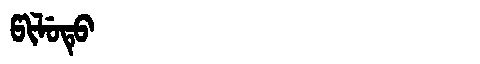
Manchu: ᡦᡳᠯᡠᡨᡠ
Romanization: PILUTU